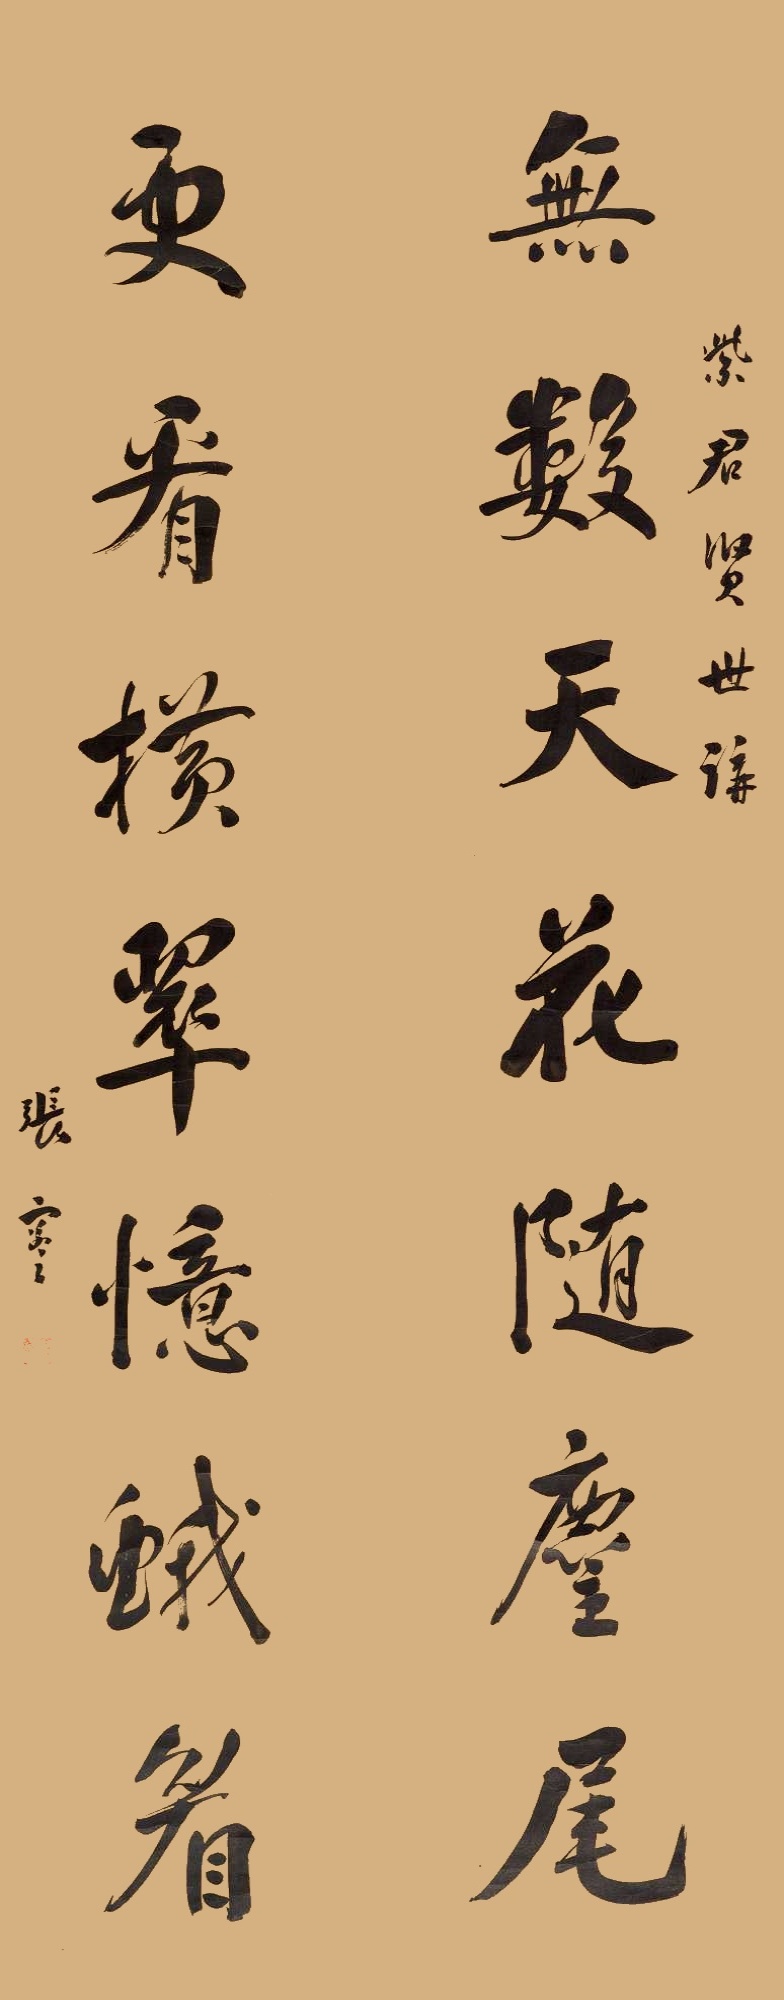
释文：无数天花随麈尾，更看横翠忆峨嵋。紫君贤世讲，张謇。